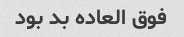
فوق العاده بد بود